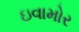
ઇવામોર